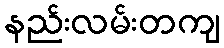
နည်းလမ်းတကျ